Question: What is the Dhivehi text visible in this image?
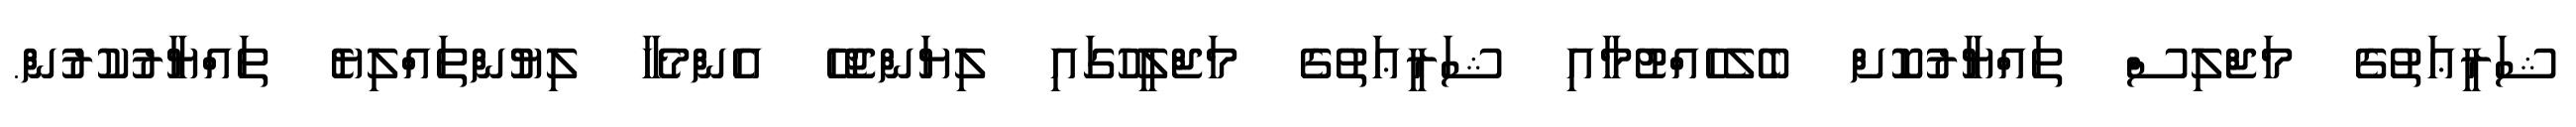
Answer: ޝަރީޢަތުގެ މަޖްލިސް ތައްޔާރުކޮށް ބެލެހެއްޓުމާއި ޝަރީޢަތުގެ މަޖްލީހުގައި ލިޔަންޖެހޭ އެންމެހާ ލިޔުންތައްލިޔެ ތައްޔާރުކުރުން.